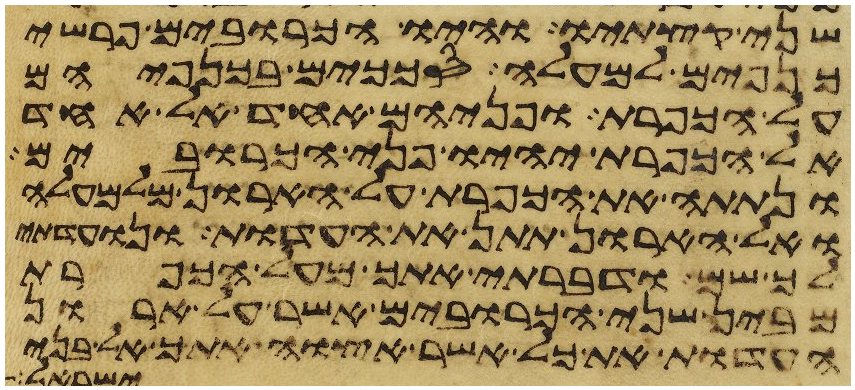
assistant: שני קצתיו והיו הכרובים פרשי
כנפים למעלה סככים בכנפיהם
על הכפרת ופניהם אחד אל אחד
אל הכפרת יהיו פני הכרובים
ונתתה את הכפרת על הארון מלמעלה
ואל הארון תתן את העדות ונועדתי
לך שם ודברתי אתך מעל הכפרת
מבין שני הכרובים אשר על ארון
העדות את כל אשר אצוה אתך אל בני